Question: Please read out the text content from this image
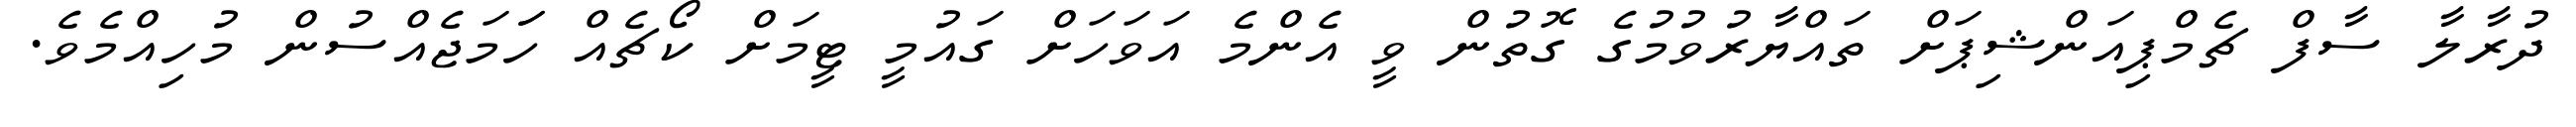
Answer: ދުރާލާ ސާފް ޗެމްޕިއަންޝިޕަށް ތައްޔާރުވުމުގެ ގޮތުން ވީ އެންމެ އަވަހަށް ގައުމީ ޓީމަށް ކޯޗެއް ހަަމަޖެއްސުން މުހިއްމެވެ.